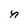
Character: n